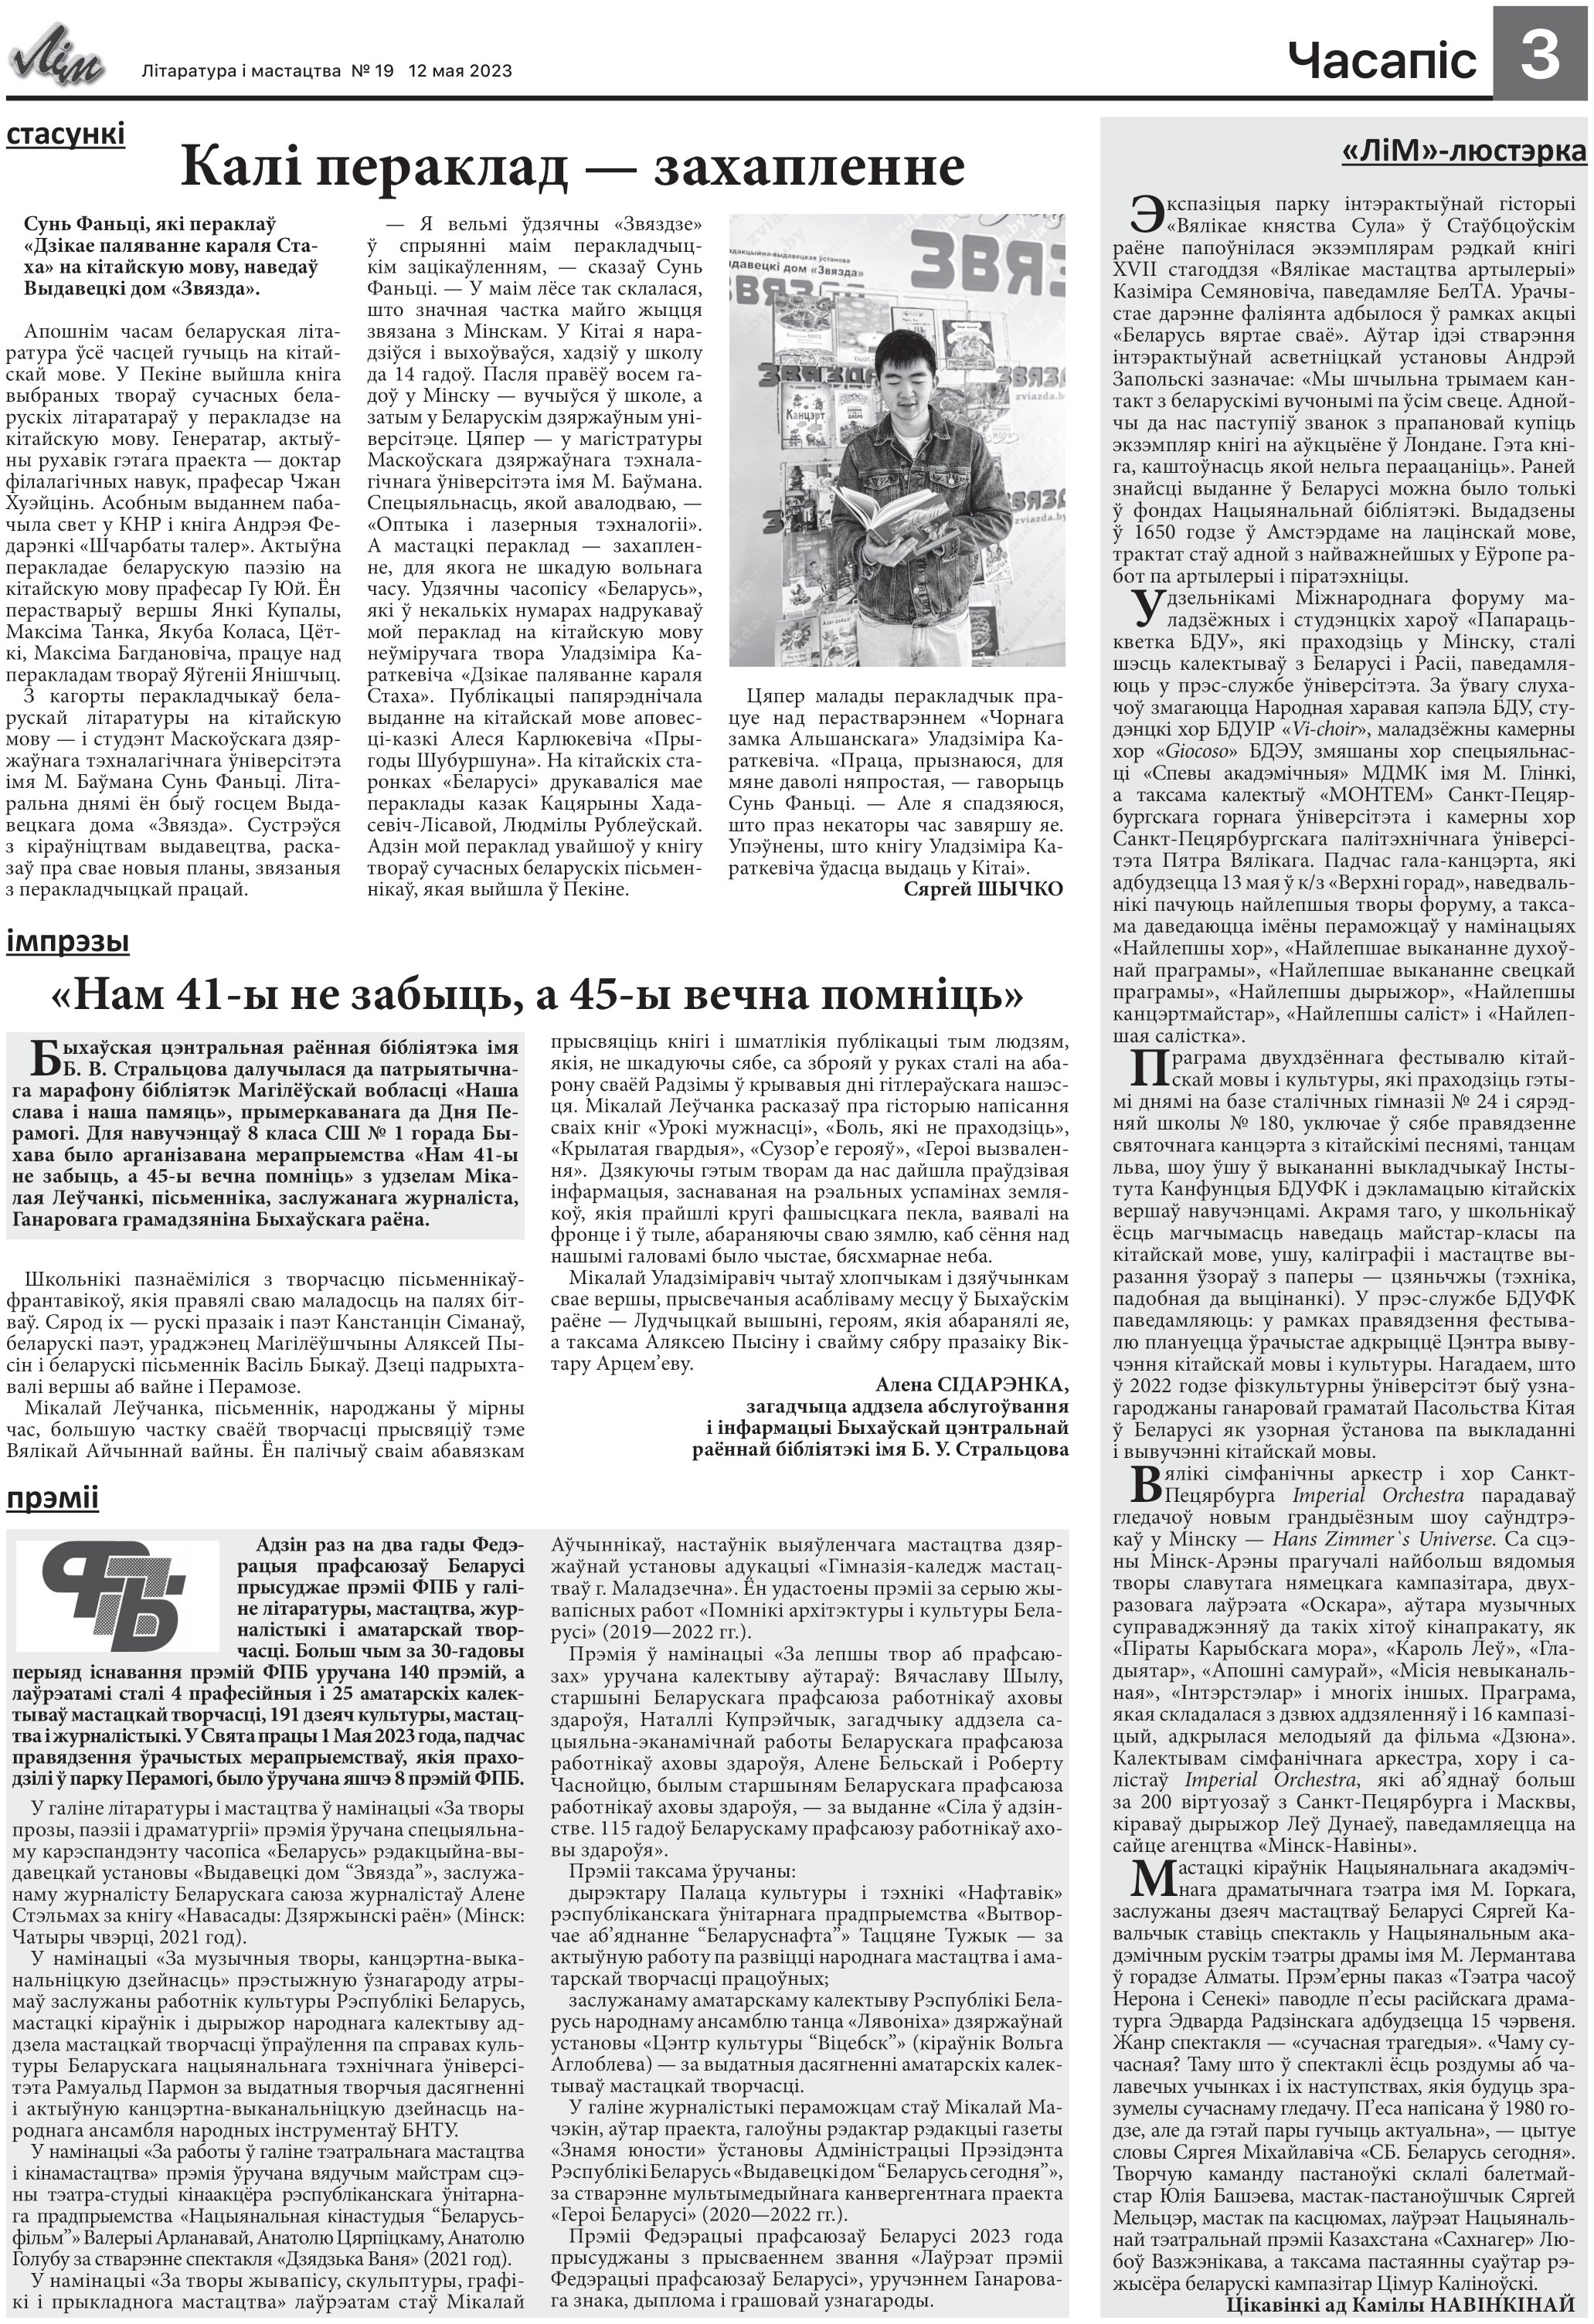
Language: be